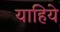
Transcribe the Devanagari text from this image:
याहिये